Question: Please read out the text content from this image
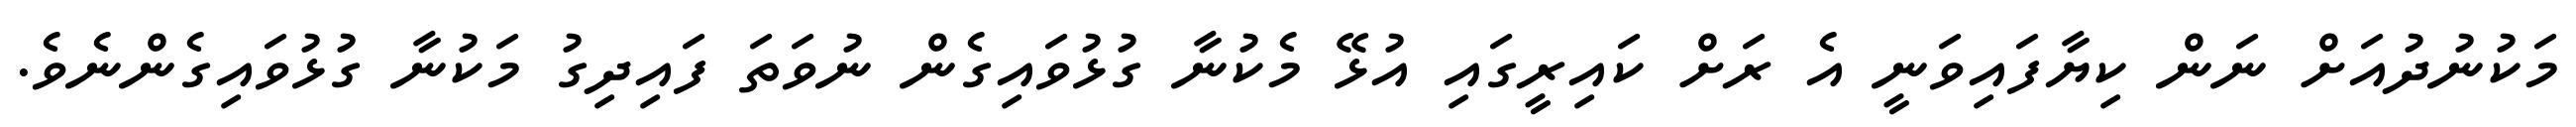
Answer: މަކުނުދުއަށް ނަން ކިޔާފައިވަނީ އެ ރަށް ކައިރީގައި އުޅޭ މެކުނާ ގުޅުވައިގެން ނުވަތަ ފައިދިގު މަކުނާ ގުޅުވައިގެންނެވެ.